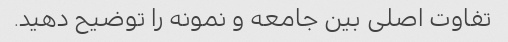
تفاوت اصلی بین جامعه و نمونه را توضیح دهید.